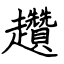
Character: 趲